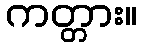
ကတ္တား။